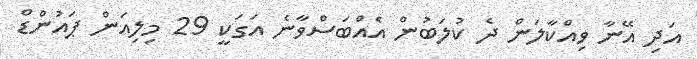
އަދި އޭނާ ވިއްކާލަން ދެ ކުލަބުން އެއްބަސްވާނެ އަގަކީ 29 މިލިއަން ޕައުންޑް